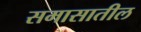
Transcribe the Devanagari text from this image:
समासातील